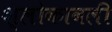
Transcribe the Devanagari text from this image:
श्लोकावली